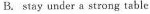
B.stay under a strong table